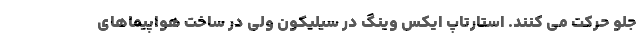
جلو حرکت می کنند. استارتاپ ایکس وینگ در سیلیکون ولی در ساخت هواپیماهای